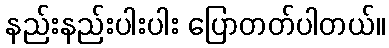
နည်းနည်းပါးပါး ပြောတတ်ပါတယ်။